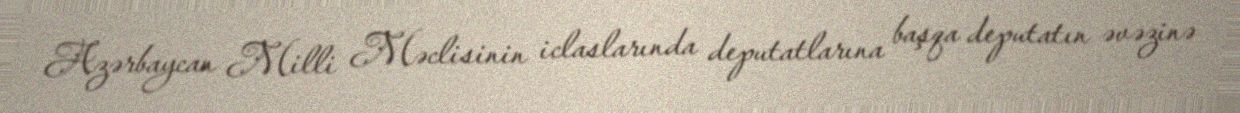
Azərbaycan Milli Məclisinin iclaslarında deputatlarına başqa deputatın əvəzinə